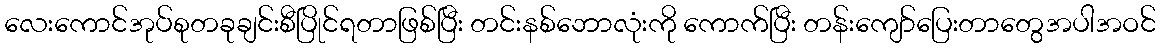
လေးကောင်အုပ်စုတခုချင်းစီပြိုင်ရတာဖြစ်ပြီး တင်းနစ်ဘောလုံးကို ကောက်ပြီး တန်းကျော်ပြေးတာတွေအပါအဝင်